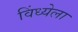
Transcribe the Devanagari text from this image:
विंध्येला